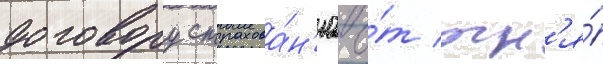
договору страхова́н'иа о́т огн'я́